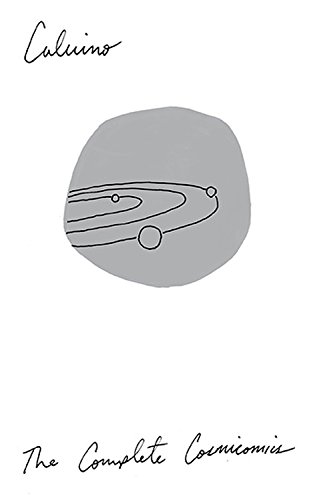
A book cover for The Complete Cosmicomics; Italo Calvino; Science Fiction & Fantasy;